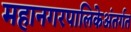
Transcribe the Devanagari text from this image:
महानगरपालिकेअंतर्गत